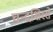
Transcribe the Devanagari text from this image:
चन्द्रशिरसे